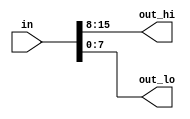
//
//
// https://hdlbits.01xz.net/wiki/Vector1
//
//

`default_nettype none

module top_module (
    input  wire [15:0]  in,
    output wire [7:0]   out_hi,
    output wire [7:0]   out_lo
);

    assign out_hi = in[15:8];
    assign out_lo = in[7:0];

endmodule